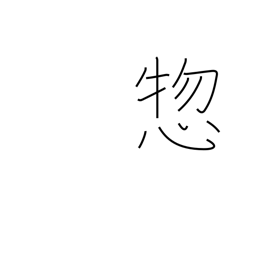
Meaning: all